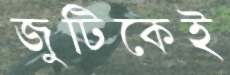
জুটিকেই